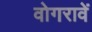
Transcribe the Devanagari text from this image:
वोगरावें